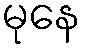
မုနေ